system: You are a helpful assistant.
user:
Analyze the provided spectrum to determine if it is a **S-type Star**.

- **Key Indicators for S-type Star:**

    - **(Overall Spectrum Shape):** The first and most obvious characteristic is the overall continuum (the "baseline" shape). It is **extremely "red-sloping,"** meaning the flux (light intensity) is very low on the left side (blue, ~4000-4500 Å) and rises steeply and continuously toward the right side (red, ~7000 Å+).

    - **(Primary):** The spectrum is defined by the presence of strong, broad molecular absorption "valleys" (bands) from **Zirconium Oxide (ZrO)**. The identification of these bands is the **primary requirement** for classifying a star as S-type.
        - **(Key Bandheads):** You must find distinct, deep "dips" where the light has been absorbed. The most critical band systems to locate are:
            - **~6474 Å** ($\gamma$-system): This is often the strongest and clearest ZrO feature, found in the red part of the spectrum.
            - **~5718 Å** & **~5551 Å** ($\beta$-system): A pair of prominent absorption features in the yellow-orange part of the spectrum.
            - **~4640 Å** ($\alpha$-system): A key absorption band system in the blue-green region of the spectrum.

    - **(Secondary Confirmation):** The classification is strengthened by finding additional absorption bands from other related heavy element oxides, which are expected to be present alongside ZrO.
        - **(Key Bandheads):**
            - **Yttrium Oxide (YO):** Look for absorption dips near **~4800 Å** and **~6100 Å**.
            - **Lanthanum Oxide (LaO):** Additional absorption features, particularly in the red-orange part of the spectrum, are also characteristic.

    - **(Line Profile):** The combination of the steep red continuum and these numerous, deep molecular bands (ZrO, YO, etc.) gives the entire spectrum a very **"chopped-up"** or **"bumpy"** appearance. Instead of a smooth curve, the spectrum looks as though large, wide chunks of light have been "carved out" of it at the specific wavelengths listed above.

Think first, call **spectral_visualization_tool** if needed to examine features in detail, then provide your final answer. Your response must adhere to the following strict rules:
1.  **Overall Structure:** Your response must follow the format `<think>...</think> <tool_call>...</tool_call> (if a tool is used) <answer>...</answer>`.
2.  **Tool Usage Constraint:** You may only make **one** tool call per turn.
3.  **Final Answer Format:** In the `<answer>` tag, your conclusion must be inside a `\boxed{}` command (e.g., `\boxed{YES}` or `\boxed{NO}`), followed by your justification.

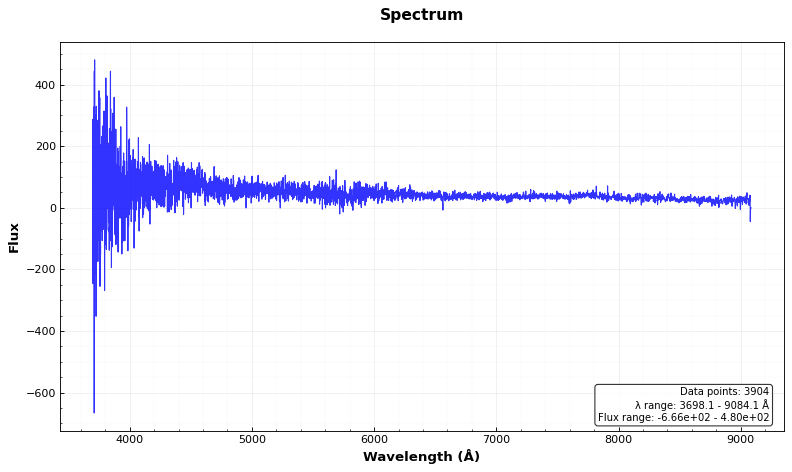
Answer: YES